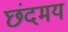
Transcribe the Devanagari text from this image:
छंदमय